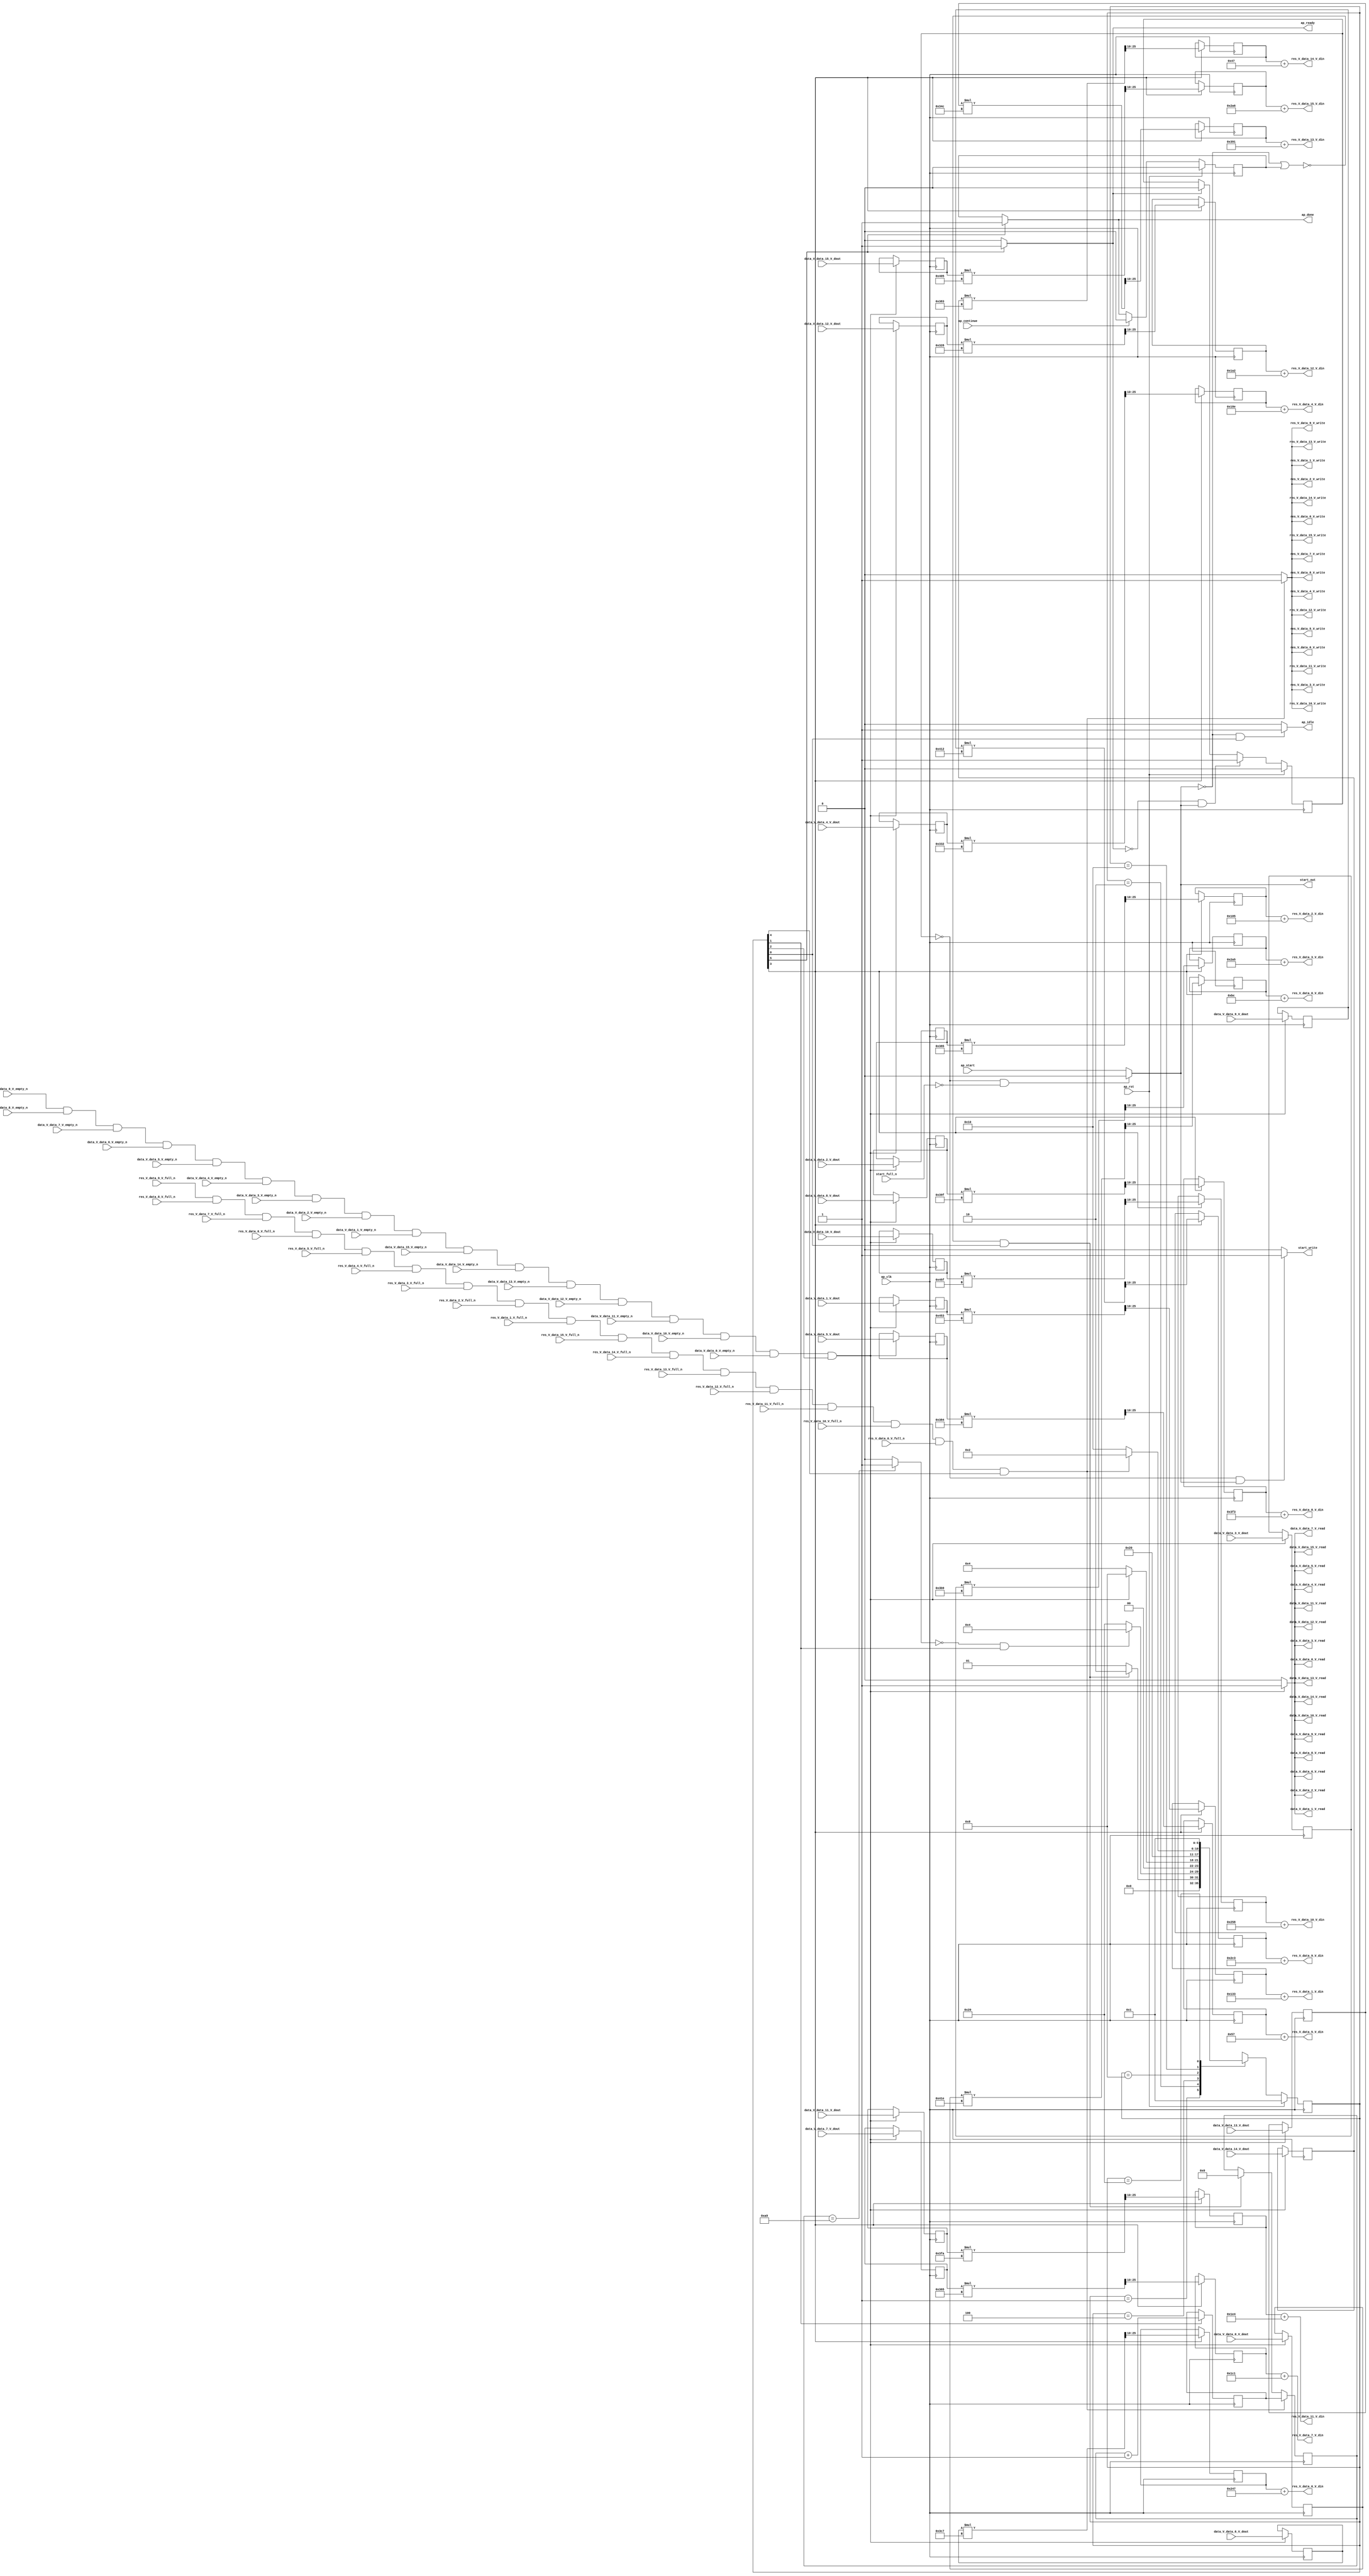
// ==============================================================
// RTL generated by Vivado(TM) HLS - High-Level Synthesis from C, C++ and OpenCL
// Version: 2019.2
// Copyright (C) 1986-2019 Xilinx, Inc. All Rights Reserved.
// 
// ===========================================================

`timescale 1 ns / 1 ps 

module normalize_array_array_ap_fixed_16u_config9_s (
        ap_clk,
        ap_rst,
        ap_start,
        start_full_n,
        ap_done,
        ap_continue,
        ap_idle,
        ap_ready,
        start_out,
        start_write,
        data_V_data_0_V_dout,
        data_V_data_0_V_empty_n,
        data_V_data_0_V_read,
        data_V_data_1_V_dout,
        data_V_data_1_V_empty_n,
        data_V_data_1_V_read,
        data_V_data_2_V_dout,
        data_V_data_2_V_empty_n,
        data_V_data_2_V_read,
        data_V_data_3_V_dout,
        data_V_data_3_V_empty_n,
        data_V_data_3_V_read,
        data_V_data_4_V_dout,
        data_V_data_4_V_empty_n,
        data_V_data_4_V_read,
        data_V_data_5_V_dout,
        data_V_data_5_V_empty_n,
        data_V_data_5_V_read,
        data_V_data_6_V_dout,
        data_V_data_6_V_empty_n,
        data_V_data_6_V_read,
        data_V_data_7_V_dout,
        data_V_data_7_V_empty_n,
        data_V_data_7_V_read,
        data_V_data_8_V_dout,
        data_V_data_8_V_empty_n,
        data_V_data_8_V_read,
        data_V_data_9_V_dout,
        data_V_data_9_V_empty_n,
        data_V_data_9_V_read,
        data_V_data_10_V_dout,
        data_V_data_10_V_empty_n,
        data_V_data_10_V_read,
        data_V_data_11_V_dout,
        data_V_data_11_V_empty_n,
        data_V_data_11_V_read,
        data_V_data_12_V_dout,
        data_V_data_12_V_empty_n,
        data_V_data_12_V_read,
        data_V_data_13_V_dout,
        data_V_data_13_V_empty_n,
        data_V_data_13_V_read,
        data_V_data_14_V_dout,
        data_V_data_14_V_empty_n,
        data_V_data_14_V_read,
        data_V_data_15_V_dout,
        data_V_data_15_V_empty_n,
        data_V_data_15_V_read,
        res_V_data_0_V_din,
        res_V_data_0_V_full_n,
        res_V_data_0_V_write,
        res_V_data_1_V_din,
        res_V_data_1_V_full_n,
        res_V_data_1_V_write,
        res_V_data_2_V_din,
        res_V_data_2_V_full_n,
        res_V_data_2_V_write,
        res_V_data_3_V_din,
        res_V_data_3_V_full_n,
        res_V_data_3_V_write,
        res_V_data_4_V_din,
        res_V_data_4_V_full_n,
        res_V_data_4_V_write,
        res_V_data_5_V_din,
        res_V_data_5_V_full_n,
        res_V_data_5_V_write,
        res_V_data_6_V_din,
        res_V_data_6_V_full_n,
        res_V_data_6_V_write,
        res_V_data_7_V_din,
        res_V_data_7_V_full_n,
        res_V_data_7_V_write,
        res_V_data_8_V_din,
        res_V_data_8_V_full_n,
        res_V_data_8_V_write,
        res_V_data_9_V_din,
        res_V_data_9_V_full_n,
        res_V_data_9_V_write,
        res_V_data_10_V_din,
        res_V_data_10_V_full_n,
        res_V_data_10_V_write,
        res_V_data_11_V_din,
        res_V_data_11_V_full_n,
        res_V_data_11_V_write,
        res_V_data_12_V_din,
        res_V_data_12_V_full_n,
        res_V_data_12_V_write,
        res_V_data_13_V_din,
        res_V_data_13_V_full_n,
        res_V_data_13_V_write,
        res_V_data_14_V_din,
        res_V_data_14_V_full_n,
        res_V_data_14_V_write,
        res_V_data_15_V_din,
        res_V_data_15_V_full_n,
        res_V_data_15_V_write
);

parameter    ap_ST_fsm_state1 = 6'd1;
parameter    ap_ST_fsm_state2 = 6'd2;
parameter    ap_ST_fsm_state3 = 6'd4;
parameter    ap_ST_fsm_state4 = 6'd8;
parameter    ap_ST_fsm_state5 = 6'd16;
parameter    ap_ST_fsm_state6 = 6'd32;

input   ap_clk;
input   ap_rst;
input   ap_start;
input   start_full_n;
output   ap_done;
input   ap_continue;
output   ap_idle;
output   ap_ready;
output   start_out;
output   start_write;
input  [15:0] data_V_data_0_V_dout;
input   data_V_data_0_V_empty_n;
output   data_V_data_0_V_read;
input  [15:0] data_V_data_1_V_dout;
input   data_V_data_1_V_empty_n;
output   data_V_data_1_V_read;
input  [15:0] data_V_data_2_V_dout;
input   data_V_data_2_V_empty_n;
output   data_V_data_2_V_read;
input  [15:0] data_V_data_3_V_dout;
input   data_V_data_3_V_empty_n;
output   data_V_data_3_V_read;
input  [15:0] data_V_data_4_V_dout;
input   data_V_data_4_V_empty_n;
output   data_V_data_4_V_read;
input  [15:0] data_V_data_5_V_dout;
input   data_V_data_5_V_empty_n;
output   data_V_data_5_V_read;
input  [15:0] data_V_data_6_V_dout;
input   data_V_data_6_V_empty_n;
output   data_V_data_6_V_read;
input  [15:0] data_V_data_7_V_dout;
input   data_V_data_7_V_empty_n;
output   data_V_data_7_V_read;
input  [15:0] data_V_data_8_V_dout;
input   data_V_data_8_V_empty_n;
output   data_V_data_8_V_read;
input  [15:0] data_V_data_9_V_dout;
input   data_V_data_9_V_empty_n;
output   data_V_data_9_V_read;
input  [15:0] data_V_data_10_V_dout;
input   data_V_data_10_V_empty_n;
output   data_V_data_10_V_read;
input  [15:0] data_V_data_11_V_dout;
input   data_V_data_11_V_empty_n;
output   data_V_data_11_V_read;
input  [15:0] data_V_data_12_V_dout;
input   data_V_data_12_V_empty_n;
output   data_V_data_12_V_read;
input  [15:0] data_V_data_13_V_dout;
input   data_V_data_13_V_empty_n;
output   data_V_data_13_V_read;
input  [15:0] data_V_data_14_V_dout;
input   data_V_data_14_V_empty_n;
output   data_V_data_14_V_read;
input  [15:0] data_V_data_15_V_dout;
input   data_V_data_15_V_empty_n;
output   data_V_data_15_V_read;
output  [15:0] res_V_data_0_V_din;
input   res_V_data_0_V_full_n;
output   res_V_data_0_V_write;
output  [15:0] res_V_data_1_V_din;
input   res_V_data_1_V_full_n;
output   res_V_data_1_V_write;
output  [15:0] res_V_data_2_V_din;
input   res_V_data_2_V_full_n;
output   res_V_data_2_V_write;
output  [15:0] res_V_data_3_V_din;
input   res_V_data_3_V_full_n;
output   res_V_data_3_V_write;
output  [15:0] res_V_data_4_V_din;
input   res_V_data_4_V_full_n;
output   res_V_data_4_V_write;
output  [15:0] res_V_data_5_V_din;
input   res_V_data_5_V_full_n;
output   res_V_data_5_V_write;
output  [15:0] res_V_data_6_V_din;
input   res_V_data_6_V_full_n;
output   res_V_data_6_V_write;
output  [15:0] res_V_data_7_V_din;
input   res_V_data_7_V_full_n;
output   res_V_data_7_V_write;
output  [15:0] res_V_data_8_V_din;
input   res_V_data_8_V_full_n;
output   res_V_data_8_V_write;
output  [15:0] res_V_data_9_V_din;
input   res_V_data_9_V_full_n;
output   res_V_data_9_V_write;
output  [15:0] res_V_data_10_V_din;
input   res_V_data_10_V_full_n;
output   res_V_data_10_V_write;
output  [15:0] res_V_data_11_V_din;
input   res_V_data_11_V_full_n;
output   res_V_data_11_V_write;
output  [15:0] res_V_data_12_V_din;
input   res_V_data_12_V_full_n;
output   res_V_data_12_V_write;
output  [15:0] res_V_data_13_V_din;
input   res_V_data_13_V_full_n;
output   res_V_data_13_V_write;
output  [15:0] res_V_data_14_V_din;
input   res_V_data_14_V_full_n;
output   res_V_data_14_V_write;
output  [15:0] res_V_data_15_V_din;
input   res_V_data_15_V_full_n;
output   res_V_data_15_V_write;

reg ap_done;
reg ap_idle;
reg start_write;
reg data_V_data_0_V_read;
reg data_V_data_1_V_read;
reg data_V_data_2_V_read;
reg data_V_data_3_V_read;
reg data_V_data_4_V_read;
reg data_V_data_5_V_read;
reg data_V_data_6_V_read;
reg data_V_data_7_V_read;
reg data_V_data_8_V_read;
reg data_V_data_9_V_read;
reg data_V_data_10_V_read;
reg data_V_data_11_V_read;
reg data_V_data_12_V_read;
reg data_V_data_13_V_read;
reg data_V_data_14_V_read;
reg data_V_data_15_V_read;
reg res_V_data_0_V_write;
reg res_V_data_1_V_write;
reg res_V_data_2_V_write;
reg res_V_data_3_V_write;
reg res_V_data_4_V_write;
reg res_V_data_5_V_write;
reg res_V_data_6_V_write;
reg res_V_data_7_V_write;
reg res_V_data_8_V_write;
reg res_V_data_9_V_write;
reg res_V_data_10_V_write;
reg res_V_data_11_V_write;
reg res_V_data_12_V_write;
reg res_V_data_13_V_write;
reg res_V_data_14_V_write;
reg res_V_data_15_V_write;

reg    real_start;
reg    start_once_reg;
reg    ap_done_reg;
(* fsm_encoding = "none" *) reg   [5:0] ap_CS_fsm;
wire    ap_CS_fsm_state1;
reg    internal_ap_ready;
reg    data_V_data_0_V_blk_n;
wire    ap_CS_fsm_state3;
reg    data_V_data_1_V_blk_n;
reg    data_V_data_2_V_blk_n;
reg    data_V_data_3_V_blk_n;
reg    data_V_data_4_V_blk_n;
reg    data_V_data_5_V_blk_n;
reg    data_V_data_6_V_blk_n;
reg    data_V_data_7_V_blk_n;
reg    data_V_data_8_V_blk_n;
reg    data_V_data_9_V_blk_n;
reg    data_V_data_10_V_blk_n;
reg    data_V_data_11_V_blk_n;
reg    data_V_data_12_V_blk_n;
reg    data_V_data_13_V_blk_n;
reg    data_V_data_14_V_blk_n;
reg    data_V_data_15_V_blk_n;
reg    res_V_data_0_V_blk_n;
wire    ap_CS_fsm_state5;
reg    res_V_data_1_V_blk_n;
reg    res_V_data_2_V_blk_n;
reg    res_V_data_3_V_blk_n;
reg    res_V_data_4_V_blk_n;
reg    res_V_data_5_V_blk_n;
reg    res_V_data_6_V_blk_n;
reg    res_V_data_7_V_blk_n;
reg    res_V_data_8_V_blk_n;
reg    res_V_data_9_V_blk_n;
reg    res_V_data_10_V_blk_n;
reg    res_V_data_11_V_blk_n;
reg    res_V_data_12_V_blk_n;
reg    res_V_data_13_V_blk_n;
reg    res_V_data_14_V_blk_n;
reg    res_V_data_15_V_blk_n;
wire   [7:0] i_fu_11765_p2;
reg   [7:0] i_reg_12158;
wire    ap_CS_fsm_state2;
reg   [15:0] tmp_data_V_0_reg_12163;
wire    io_acc_block_signal_op46;
reg   [15:0] tmp_data_V_1_reg_12168;
reg   [15:0] tmp_data_V_2_reg_12173;
reg   [15:0] tmp_data_V_3_reg_12178;
reg   [15:0] tmp_data_V_4_reg_12183;
reg   [15:0] tmp_data_V_5_reg_12188;
reg   [15:0] tmp_data_V_6_reg_12193;
reg   [15:0] tmp_data_V_7_reg_12198;
reg   [15:0] tmp_data_V_8_reg_12203;
reg   [15:0] tmp_data_V_9_reg_12208;
reg   [15:0] tmp_data_V_10_reg_12213;
reg   [15:0] tmp_data_V_11_reg_12218;
reg   [15:0] tmp_data_V_12_reg_12223;
reg   [15:0] tmp_data_V_1322_reg_12228;
reg   [15:0] tmp_data_V_14_reg_12233;
reg   [15:0] tmp_data_V_15_reg_12238;
reg   [15:0] trunc_ln_reg_12243;
wire    ap_CS_fsm_state4;
reg   [15:0] trunc_ln708_s_reg_12248;
reg   [15:0] trunc_ln708_124_reg_12253;
reg   [15:0] trunc_ln708_125_reg_12258;
reg   [15:0] trunc_ln708_126_reg_12263;
reg   [15:0] trunc_ln708_127_reg_12268;
reg   [15:0] trunc_ln708_128_reg_12273;
reg   [15:0] trunc_ln708_129_reg_12278;
reg   [15:0] trunc_ln708_130_reg_12283;
reg   [15:0] trunc_ln708_131_reg_12288;
reg   [15:0] trunc_ln708_132_reg_12293;
reg   [15:0] trunc_ln708_133_reg_12298;
reg   [15:0] trunc_ln708_134_reg_12303;
reg   [15:0] trunc_ln708_135_reg_12308;
reg   [15:0] trunc_ln708_136_reg_12313;
reg   [15:0] trunc_ln708_137_reg_12318;
reg   [7:0] i_0_reg_650;
reg    ap_block_state1;
wire    io_acc_block_signal_op130;
wire  signed [15:0] mul_ln1118_148_fu_664_p0;
wire  signed [15:0] mul_ln1118_142_fu_667_p0;
wire  signed [15:0] mul_ln1118_139_fu_671_p0;
wire  signed [15:0] mul_ln1118_136_fu_683_p0;
wire  signed [15:0] mul_ln1118_147_fu_716_p0;
wire  signed [15:0] mul_ln1118_143_fu_722_p0;
wire  signed [15:0] mul_ln1118_135_fu_725_p0;
wire  signed [15:0] mul_ln1118_fu_728_p0;
wire  signed [15:0] mul_ln1118_145_fu_751_p0;
wire  signed [15:0] mul_ln1118_141_fu_753_p0;
wire  signed [15:0] mul_ln1118_137_fu_768_p0;
wire  signed [15:0] mul_ln1118_140_fu_779_p0;
wire  signed [15:0] mul_ln1118_149_fu_783_p0;
wire  signed [15:0] mul_ln1118_138_fu_801_p0;
wire  signed [15:0] mul_ln1118_144_fu_806_p0;
wire  signed [15:0] mul_ln1118_146_fu_823_p0;
wire   [25:0] mul_ln1118_fu_728_p2;
wire   [25:0] mul_ln1118_135_fu_725_p2;
wire   [25:0] mul_ln1118_136_fu_683_p2;
wire   [25:0] mul_ln1118_137_fu_768_p2;
wire   [25:0] mul_ln1118_138_fu_801_p2;
wire   [25:0] mul_ln1118_139_fu_671_p2;
wire   [25:0] mul_ln1118_140_fu_779_p2;
wire   [25:0] mul_ln1118_141_fu_753_p2;
wire   [25:0] mul_ln1118_142_fu_667_p2;
wire   [25:0] mul_ln1118_143_fu_722_p2;
wire   [25:0] mul_ln1118_144_fu_806_p2;
wire   [25:0] mul_ln1118_145_fu_751_p2;
wire   [25:0] mul_ln1118_146_fu_823_p2;
wire   [25:0] mul_ln1118_147_fu_716_p2;
wire   [25:0] mul_ln1118_148_fu_664_p2;
wire   [25:0] mul_ln1118_149_fu_783_p2;
wire   [0:0] icmp_ln48_fu_11759_p2;
wire    ap_CS_fsm_state6;
reg   [5:0] ap_NS_fsm;

// power-on initialization
initial begin
#0 start_once_reg = 1'b0;
#0 ap_done_reg = 1'b0;
#0 ap_CS_fsm = 6'd1;
end

always @ (posedge ap_clk) begin
    if (ap_rst == 1'b1) begin
        ap_CS_fsm <= ap_ST_fsm_state1;
    end else begin
        ap_CS_fsm <= ap_NS_fsm;
    end
end

always @ (posedge ap_clk) begin
    if (ap_rst == 1'b1) begin
        ap_done_reg <= 1'b0;
    end else begin
        if ((ap_continue == 1'b1)) begin
            ap_done_reg <= 1'b0;
        end else if ((1'b1 == ap_CS_fsm_state6)) begin
            ap_done_reg <= 1'b1;
        end
    end
end

always @ (posedge ap_clk) begin
    if (ap_rst == 1'b1) begin
        start_once_reg <= 1'b0;
    end else begin
        if (((internal_ap_ready == 1'b0) & (real_start == 1'b1))) begin
            start_once_reg <= 1'b1;
        end else if ((internal_ap_ready == 1'b1)) begin
            start_once_reg <= 1'b0;
        end
    end
end

always @ (posedge ap_clk) begin
    if (((io_acc_block_signal_op130 == 1'b1) & (1'b1 == ap_CS_fsm_state5))) begin
        i_0_reg_650 <= i_reg_12158;
    end else if ((~((real_start == 1'b0) | (ap_done_reg == 1'b1)) & (1'b1 == ap_CS_fsm_state1))) begin
        i_0_reg_650 <= 8'd0;
    end
end

always @ (posedge ap_clk) begin
    if ((1'b1 == ap_CS_fsm_state2)) begin
        i_reg_12158 <= i_fu_11765_p2;
    end
end

always @ (posedge ap_clk) begin
    if (((io_acc_block_signal_op46 == 1'b1) & (1'b1 == ap_CS_fsm_state3))) begin
        tmp_data_V_0_reg_12163 <= data_V_data_0_V_dout;
        tmp_data_V_10_reg_12213 <= data_V_data_10_V_dout;
        tmp_data_V_11_reg_12218 <= data_V_data_11_V_dout;
        tmp_data_V_12_reg_12223 <= data_V_data_12_V_dout;
        tmp_data_V_1322_reg_12228 <= data_V_data_13_V_dout;
        tmp_data_V_14_reg_12233 <= data_V_data_14_V_dout;
        tmp_data_V_15_reg_12238 <= data_V_data_15_V_dout;
        tmp_data_V_1_reg_12168 <= data_V_data_1_V_dout;
        tmp_data_V_2_reg_12173 <= data_V_data_2_V_dout;
        tmp_data_V_3_reg_12178 <= data_V_data_3_V_dout;
        tmp_data_V_4_reg_12183 <= data_V_data_4_V_dout;
        tmp_data_V_5_reg_12188 <= data_V_data_5_V_dout;
        tmp_data_V_6_reg_12193 <= data_V_data_6_V_dout;
        tmp_data_V_7_reg_12198 <= data_V_data_7_V_dout;
        tmp_data_V_8_reg_12203 <= data_V_data_8_V_dout;
        tmp_data_V_9_reg_12208 <= data_V_data_9_V_dout;
    end
end

always @ (posedge ap_clk) begin
    if ((1'b1 == ap_CS_fsm_state4)) begin
        trunc_ln708_124_reg_12253 <= {{mul_ln1118_136_fu_683_p2[25:10]}};
        trunc_ln708_125_reg_12258 <= {{mul_ln1118_137_fu_768_p2[25:10]}};
        trunc_ln708_126_reg_12263 <= {{mul_ln1118_138_fu_801_p2[25:10]}};
        trunc_ln708_127_reg_12268 <= {{mul_ln1118_139_fu_671_p2[25:10]}};
        trunc_ln708_128_reg_12273 <= {{mul_ln1118_140_fu_779_p2[25:10]}};
        trunc_ln708_129_reg_12278 <= {{mul_ln1118_141_fu_753_p2[25:10]}};
        trunc_ln708_130_reg_12283 <= {{mul_ln1118_142_fu_667_p2[25:10]}};
        trunc_ln708_131_reg_12288 <= {{mul_ln1118_143_fu_722_p2[25:10]}};
        trunc_ln708_132_reg_12293 <= {{mul_ln1118_144_fu_806_p2[25:10]}};
        trunc_ln708_133_reg_12298 <= {{mul_ln1118_145_fu_751_p2[25:10]}};
        trunc_ln708_134_reg_12303 <= {{mul_ln1118_146_fu_823_p2[25:10]}};
        trunc_ln708_135_reg_12308 <= {{mul_ln1118_147_fu_716_p2[25:10]}};
        trunc_ln708_136_reg_12313 <= {{mul_ln1118_148_fu_664_p2[25:10]}};
        trunc_ln708_137_reg_12318 <= {{mul_ln1118_149_fu_783_p2[25:10]}};
        trunc_ln708_s_reg_12248 <= {{mul_ln1118_135_fu_725_p2[25:10]}};
        trunc_ln_reg_12243 <= {{mul_ln1118_fu_728_p2[25:10]}};
    end
end

always @ (*) begin
    if ((1'b1 == ap_CS_fsm_state6)) begin
        ap_done = 1'b1;
    end else begin
        ap_done = ap_done_reg;
    end
end

always @ (*) begin
    if (((real_start == 1'b0) & (1'b1 == ap_CS_fsm_state1))) begin
        ap_idle = 1'b1;
    end else begin
        ap_idle = 1'b0;
    end
end

always @ (*) begin
    if ((1'b1 == ap_CS_fsm_state3)) begin
        data_V_data_0_V_blk_n = data_V_data_0_V_empty_n;
    end else begin
        data_V_data_0_V_blk_n = 1'b1;
    end
end

always @ (*) begin
    if (((io_acc_block_signal_op46 == 1'b1) & (1'b1 == ap_CS_fsm_state3))) begin
        data_V_data_0_V_read = 1'b1;
    end else begin
        data_V_data_0_V_read = 1'b0;
    end
end

always @ (*) begin
    if ((1'b1 == ap_CS_fsm_state3)) begin
        data_V_data_10_V_blk_n = data_V_data_10_V_empty_n;
    end else begin
        data_V_data_10_V_blk_n = 1'b1;
    end
end

always @ (*) begin
    if (((io_acc_block_signal_op46 == 1'b1) & (1'b1 == ap_CS_fsm_state3))) begin
        data_V_data_10_V_read = 1'b1;
    end else begin
        data_V_data_10_V_read = 1'b0;
    end
end

always @ (*) begin
    if ((1'b1 == ap_CS_fsm_state3)) begin
        data_V_data_11_V_blk_n = data_V_data_11_V_empty_n;
    end else begin
        data_V_data_11_V_blk_n = 1'b1;
    end
end

always @ (*) begin
    if (((io_acc_block_signal_op46 == 1'b1) & (1'b1 == ap_CS_fsm_state3))) begin
        data_V_data_11_V_read = 1'b1;
    end else begin
        data_V_data_11_V_read = 1'b0;
    end
end

always @ (*) begin
    if ((1'b1 == ap_CS_fsm_state3)) begin
        data_V_data_12_V_blk_n = data_V_data_12_V_empty_n;
    end else begin
        data_V_data_12_V_blk_n = 1'b1;
    end
end

always @ (*) begin
    if (((io_acc_block_signal_op46 == 1'b1) & (1'b1 == ap_CS_fsm_state3))) begin
        data_V_data_12_V_read = 1'b1;
    end else begin
        data_V_data_12_V_read = 1'b0;
    end
end

always @ (*) begin
    if ((1'b1 == ap_CS_fsm_state3)) begin
        data_V_data_13_V_blk_n = data_V_data_13_V_empty_n;
    end else begin
        data_V_data_13_V_blk_n = 1'b1;
    end
end

always @ (*) begin
    if (((io_acc_block_signal_op46 == 1'b1) & (1'b1 == ap_CS_fsm_state3))) begin
        data_V_data_13_V_read = 1'b1;
    end else begin
        data_V_data_13_V_read = 1'b0;
    end
end

always @ (*) begin
    if ((1'b1 == ap_CS_fsm_state3)) begin
        data_V_data_14_V_blk_n = data_V_data_14_V_empty_n;
    end else begin
        data_V_data_14_V_blk_n = 1'b1;
    end
end

always @ (*) begin
    if (((io_acc_block_signal_op46 == 1'b1) & (1'b1 == ap_CS_fsm_state3))) begin
        data_V_data_14_V_read = 1'b1;
    end else begin
        data_V_data_14_V_read = 1'b0;
    end
end

always @ (*) begin
    if ((1'b1 == ap_CS_fsm_state3)) begin
        data_V_data_15_V_blk_n = data_V_data_15_V_empty_n;
    end else begin
        data_V_data_15_V_blk_n = 1'b1;
    end
end

always @ (*) begin
    if (((io_acc_block_signal_op46 == 1'b1) & (1'b1 == ap_CS_fsm_state3))) begin
        data_V_data_15_V_read = 1'b1;
    end else begin
        data_V_data_15_V_read = 1'b0;
    end
end

always @ (*) begin
    if ((1'b1 == ap_CS_fsm_state3)) begin
        data_V_data_1_V_blk_n = data_V_data_1_V_empty_n;
    end else begin
        data_V_data_1_V_blk_n = 1'b1;
    end
end

always @ (*) begin
    if (((io_acc_block_signal_op46 == 1'b1) & (1'b1 == ap_CS_fsm_state3))) begin
        data_V_data_1_V_read = 1'b1;
    end else begin
        data_V_data_1_V_read = 1'b0;
    end
end

always @ (*) begin
    if ((1'b1 == ap_CS_fsm_state3)) begin
        data_V_data_2_V_blk_n = data_V_data_2_V_empty_n;
    end else begin
        data_V_data_2_V_blk_n = 1'b1;
    end
end

always @ (*) begin
    if (((io_acc_block_signal_op46 == 1'b1) & (1'b1 == ap_CS_fsm_state3))) begin
        data_V_data_2_V_read = 1'b1;
    end else begin
        data_V_data_2_V_read = 1'b0;
    end
end

always @ (*) begin
    if ((1'b1 == ap_CS_fsm_state3)) begin
        data_V_data_3_V_blk_n = data_V_data_3_V_empty_n;
    end else begin
        data_V_data_3_V_blk_n = 1'b1;
    end
end

always @ (*) begin
    if (((io_acc_block_signal_op46 == 1'b1) & (1'b1 == ap_CS_fsm_state3))) begin
        data_V_data_3_V_read = 1'b1;
    end else begin
        data_V_data_3_V_read = 1'b0;
    end
end

always @ (*) begin
    if ((1'b1 == ap_CS_fsm_state3)) begin
        data_V_data_4_V_blk_n = data_V_data_4_V_empty_n;
    end else begin
        data_V_data_4_V_blk_n = 1'b1;
    end
end

always @ (*) begin
    if (((io_acc_block_signal_op46 == 1'b1) & (1'b1 == ap_CS_fsm_state3))) begin
        data_V_data_4_V_read = 1'b1;
    end else begin
        data_V_data_4_V_read = 1'b0;
    end
end

always @ (*) begin
    if ((1'b1 == ap_CS_fsm_state3)) begin
        data_V_data_5_V_blk_n = data_V_data_5_V_empty_n;
    end else begin
        data_V_data_5_V_blk_n = 1'b1;
    end
end

always @ (*) begin
    if (((io_acc_block_signal_op46 == 1'b1) & (1'b1 == ap_CS_fsm_state3))) begin
        data_V_data_5_V_read = 1'b1;
    end else begin
        data_V_data_5_V_read = 1'b0;
    end
end

always @ (*) begin
    if ((1'b1 == ap_CS_fsm_state3)) begin
        data_V_data_6_V_blk_n = data_V_data_6_V_empty_n;
    end else begin
        data_V_data_6_V_blk_n = 1'b1;
    end
end

always @ (*) begin
    if (((io_acc_block_signal_op46 == 1'b1) & (1'b1 == ap_CS_fsm_state3))) begin
        data_V_data_6_V_read = 1'b1;
    end else begin
        data_V_data_6_V_read = 1'b0;
    end
end

always @ (*) begin
    if ((1'b1 == ap_CS_fsm_state3)) begin
        data_V_data_7_V_blk_n = data_V_data_7_V_empty_n;
    end else begin
        data_V_data_7_V_blk_n = 1'b1;
    end
end

always @ (*) begin
    if (((io_acc_block_signal_op46 == 1'b1) & (1'b1 == ap_CS_fsm_state3))) begin
        data_V_data_7_V_read = 1'b1;
    end else begin
        data_V_data_7_V_read = 1'b0;
    end
end

always @ (*) begin
    if ((1'b1 == ap_CS_fsm_state3)) begin
        data_V_data_8_V_blk_n = data_V_data_8_V_empty_n;
    end else begin
        data_V_data_8_V_blk_n = 1'b1;
    end
end

always @ (*) begin
    if (((io_acc_block_signal_op46 == 1'b1) & (1'b1 == ap_CS_fsm_state3))) begin
        data_V_data_8_V_read = 1'b1;
    end else begin
        data_V_data_8_V_read = 1'b0;
    end
end

always @ (*) begin
    if ((1'b1 == ap_CS_fsm_state3)) begin
        data_V_data_9_V_blk_n = data_V_data_9_V_empty_n;
    end else begin
        data_V_data_9_V_blk_n = 1'b1;
    end
end

always @ (*) begin
    if (((io_acc_block_signal_op46 == 1'b1) & (1'b1 == ap_CS_fsm_state3))) begin
        data_V_data_9_V_read = 1'b1;
    end else begin
        data_V_data_9_V_read = 1'b0;
    end
end

always @ (*) begin
    if ((1'b1 == ap_CS_fsm_state6)) begin
        internal_ap_ready = 1'b1;
    end else begin
        internal_ap_ready = 1'b0;
    end
end

always @ (*) begin
    if (((start_once_reg == 1'b0) & (start_full_n == 1'b0))) begin
        real_start = 1'b0;
    end else begin
        real_start = ap_start;
    end
end

always @ (*) begin
    if ((1'b1 == ap_CS_fsm_state5)) begin
        res_V_data_0_V_blk_n = res_V_data_0_V_full_n;
    end else begin
        res_V_data_0_V_blk_n = 1'b1;
    end
end

always @ (*) begin
    if (((io_acc_block_signal_op130 == 1'b1) & (1'b1 == ap_CS_fsm_state5))) begin
        res_V_data_0_V_write = 1'b1;
    end else begin
        res_V_data_0_V_write = 1'b0;
    end
end

always @ (*) begin
    if ((1'b1 == ap_CS_fsm_state5)) begin
        res_V_data_10_V_blk_n = res_V_data_10_V_full_n;
    end else begin
        res_V_data_10_V_blk_n = 1'b1;
    end
end

always @ (*) begin
    if (((io_acc_block_signal_op130 == 1'b1) & (1'b1 == ap_CS_fsm_state5))) begin
        res_V_data_10_V_write = 1'b1;
    end else begin
        res_V_data_10_V_write = 1'b0;
    end
end

always @ (*) begin
    if ((1'b1 == ap_CS_fsm_state5)) begin
        res_V_data_11_V_blk_n = res_V_data_11_V_full_n;
    end else begin
        res_V_data_11_V_blk_n = 1'b1;
    end
end

always @ (*) begin
    if (((io_acc_block_signal_op130 == 1'b1) & (1'b1 == ap_CS_fsm_state5))) begin
        res_V_data_11_V_write = 1'b1;
    end else begin
        res_V_data_11_V_write = 1'b0;
    end
end

always @ (*) begin
    if ((1'b1 == ap_CS_fsm_state5)) begin
        res_V_data_12_V_blk_n = res_V_data_12_V_full_n;
    end else begin
        res_V_data_12_V_blk_n = 1'b1;
    end
end

always @ (*) begin
    if (((io_acc_block_signal_op130 == 1'b1) & (1'b1 == ap_CS_fsm_state5))) begin
        res_V_data_12_V_write = 1'b1;
    end else begin
        res_V_data_12_V_write = 1'b0;
    end
end

always @ (*) begin
    if ((1'b1 == ap_CS_fsm_state5)) begin
        res_V_data_13_V_blk_n = res_V_data_13_V_full_n;
    end else begin
        res_V_data_13_V_blk_n = 1'b1;
    end
end

always @ (*) begin
    if (((io_acc_block_signal_op130 == 1'b1) & (1'b1 == ap_CS_fsm_state5))) begin
        res_V_data_13_V_write = 1'b1;
    end else begin
        res_V_data_13_V_write = 1'b0;
    end
end

always @ (*) begin
    if ((1'b1 == ap_CS_fsm_state5)) begin
        res_V_data_14_V_blk_n = res_V_data_14_V_full_n;
    end else begin
        res_V_data_14_V_blk_n = 1'b1;
    end
end

always @ (*) begin
    if (((io_acc_block_signal_op130 == 1'b1) & (1'b1 == ap_CS_fsm_state5))) begin
        res_V_data_14_V_write = 1'b1;
    end else begin
        res_V_data_14_V_write = 1'b0;
    end
end

always @ (*) begin
    if ((1'b1 == ap_CS_fsm_state5)) begin
        res_V_data_15_V_blk_n = res_V_data_15_V_full_n;
    end else begin
        res_V_data_15_V_blk_n = 1'b1;
    end
end

always @ (*) begin
    if (((io_acc_block_signal_op130 == 1'b1) & (1'b1 == ap_CS_fsm_state5))) begin
        res_V_data_15_V_write = 1'b1;
    end else begin
        res_V_data_15_V_write = 1'b0;
    end
end

always @ (*) begin
    if ((1'b1 == ap_CS_fsm_state5)) begin
        res_V_data_1_V_blk_n = res_V_data_1_V_full_n;
    end else begin
        res_V_data_1_V_blk_n = 1'b1;
    end
end

always @ (*) begin
    if (((io_acc_block_signal_op130 == 1'b1) & (1'b1 == ap_CS_fsm_state5))) begin
        res_V_data_1_V_write = 1'b1;
    end else begin
        res_V_data_1_V_write = 1'b0;
    end
end

always @ (*) begin
    if ((1'b1 == ap_CS_fsm_state5)) begin
        res_V_data_2_V_blk_n = res_V_data_2_V_full_n;
    end else begin
        res_V_data_2_V_blk_n = 1'b1;
    end
end

always @ (*) begin
    if (((io_acc_block_signal_op130 == 1'b1) & (1'b1 == ap_CS_fsm_state5))) begin
        res_V_data_2_V_write = 1'b1;
    end else begin
        res_V_data_2_V_write = 1'b0;
    end
end

always @ (*) begin
    if ((1'b1 == ap_CS_fsm_state5)) begin
        res_V_data_3_V_blk_n = res_V_data_3_V_full_n;
    end else begin
        res_V_data_3_V_blk_n = 1'b1;
    end
end

always @ (*) begin
    if (((io_acc_block_signal_op130 == 1'b1) & (1'b1 == ap_CS_fsm_state5))) begin
        res_V_data_3_V_write = 1'b1;
    end else begin
        res_V_data_3_V_write = 1'b0;
    end
end

always @ (*) begin
    if ((1'b1 == ap_CS_fsm_state5)) begin
        res_V_data_4_V_blk_n = res_V_data_4_V_full_n;
    end else begin
        res_V_data_4_V_blk_n = 1'b1;
    end
end

always @ (*) begin
    if (((io_acc_block_signal_op130 == 1'b1) & (1'b1 == ap_CS_fsm_state5))) begin
        res_V_data_4_V_write = 1'b1;
    end else begin
        res_V_data_4_V_write = 1'b0;
    end
end

always @ (*) begin
    if ((1'b1 == ap_CS_fsm_state5)) begin
        res_V_data_5_V_blk_n = res_V_data_5_V_full_n;
    end else begin
        res_V_data_5_V_blk_n = 1'b1;
    end
end

always @ (*) begin
    if (((io_acc_block_signal_op130 == 1'b1) & (1'b1 == ap_CS_fsm_state5))) begin
        res_V_data_5_V_write = 1'b1;
    end else begin
        res_V_data_5_V_write = 1'b0;
    end
end

always @ (*) begin
    if ((1'b1 == ap_CS_fsm_state5)) begin
        res_V_data_6_V_blk_n = res_V_data_6_V_full_n;
    end else begin
        res_V_data_6_V_blk_n = 1'b1;
    end
end

always @ (*) begin
    if (((io_acc_block_signal_op130 == 1'b1) & (1'b1 == ap_CS_fsm_state5))) begin
        res_V_data_6_V_write = 1'b1;
    end else begin
        res_V_data_6_V_write = 1'b0;
    end
end

always @ (*) begin
    if ((1'b1 == ap_CS_fsm_state5)) begin
        res_V_data_7_V_blk_n = res_V_data_7_V_full_n;
    end else begin
        res_V_data_7_V_blk_n = 1'b1;
    end
end

always @ (*) begin
    if (((io_acc_block_signal_op130 == 1'b1) & (1'b1 == ap_CS_fsm_state5))) begin
        res_V_data_7_V_write = 1'b1;
    end else begin
        res_V_data_7_V_write = 1'b0;
    end
end

always @ (*) begin
    if ((1'b1 == ap_CS_fsm_state5)) begin
        res_V_data_8_V_blk_n = res_V_data_8_V_full_n;
    end else begin
        res_V_data_8_V_blk_n = 1'b1;
    end
end

always @ (*) begin
    if (((io_acc_block_signal_op130 == 1'b1) & (1'b1 == ap_CS_fsm_state5))) begin
        res_V_data_8_V_write = 1'b1;
    end else begin
        res_V_data_8_V_write = 1'b0;
    end
end

always @ (*) begin
    if ((1'b1 == ap_CS_fsm_state5)) begin
        res_V_data_9_V_blk_n = res_V_data_9_V_full_n;
    end else begin
        res_V_data_9_V_blk_n = 1'b1;
    end
end

always @ (*) begin
    if (((io_acc_block_signal_op130 == 1'b1) & (1'b1 == ap_CS_fsm_state5))) begin
        res_V_data_9_V_write = 1'b1;
    end else begin
        res_V_data_9_V_write = 1'b0;
    end
end

always @ (*) begin
    if (((start_once_reg == 1'b0) & (real_start == 1'b1))) begin
        start_write = 1'b1;
    end else begin
        start_write = 1'b0;
    end
end

always @ (*) begin
    case (ap_CS_fsm)
        ap_ST_fsm_state1 : begin
            if ((~((real_start == 1'b0) | (ap_done_reg == 1'b1)) & (1'b1 == ap_CS_fsm_state1))) begin
                ap_NS_fsm = ap_ST_fsm_state2;
            end else begin
                ap_NS_fsm = ap_ST_fsm_state1;
            end
        end
        ap_ST_fsm_state2 : begin
            if (((icmp_ln48_fu_11759_p2 == 1'd0) & (1'b1 == ap_CS_fsm_state2))) begin
                ap_NS_fsm = ap_ST_fsm_state3;
            end else begin
                ap_NS_fsm = ap_ST_fsm_state6;
            end
        end
        ap_ST_fsm_state3 : begin
            if (((io_acc_block_signal_op46 == 1'b1) & (1'b1 == ap_CS_fsm_state3))) begin
                ap_NS_fsm = ap_ST_fsm_state4;
            end else begin
                ap_NS_fsm = ap_ST_fsm_state3;
            end
        end
        ap_ST_fsm_state4 : begin
            ap_NS_fsm = ap_ST_fsm_state5;
        end
        ap_ST_fsm_state5 : begin
            if (((io_acc_block_signal_op130 == 1'b1) & (1'b1 == ap_CS_fsm_state5))) begin
                ap_NS_fsm = ap_ST_fsm_state2;
            end else begin
                ap_NS_fsm = ap_ST_fsm_state5;
            end
        end
        ap_ST_fsm_state6 : begin
            ap_NS_fsm = ap_ST_fsm_state1;
        end
        default : begin
            ap_NS_fsm = 'bx;
        end
    endcase
end

assign ap_CS_fsm_state1 = ap_CS_fsm[32'd0];

assign ap_CS_fsm_state2 = ap_CS_fsm[32'd1];

assign ap_CS_fsm_state3 = ap_CS_fsm[32'd2];

assign ap_CS_fsm_state4 = ap_CS_fsm[32'd3];

assign ap_CS_fsm_state5 = ap_CS_fsm[32'd4];

assign ap_CS_fsm_state6 = ap_CS_fsm[32'd5];

always @ (*) begin
    ap_block_state1 = ((real_start == 1'b0) | (ap_done_reg == 1'b1));
end

assign ap_ready = internal_ap_ready;

assign i_fu_11765_p2 = (i_0_reg_650 + 8'd1);

assign icmp_ln48_fu_11759_p2 = ((i_0_reg_650 == 8'd169) ? 1'b1 : 1'b0);

assign io_acc_block_signal_op130 = (res_V_data_9_V_full_n & res_V_data_8_V_full_n & res_V_data_7_V_full_n & res_V_data_6_V_full_n & res_V_data_5_V_full_n & res_V_data_4_V_full_n & res_V_data_3_V_full_n & res_V_data_2_V_full_n & res_V_data_1_V_full_n & res_V_data_15_V_full_n & res_V_data_14_V_full_n & res_V_data_13_V_full_n & res_V_data_12_V_full_n & res_V_data_11_V_full_n & res_V_data_10_V_full_n & res_V_data_0_V_full_n);

assign io_acc_block_signal_op46 = (data_V_data_9_V_empty_n & data_V_data_8_V_empty_n & data_V_data_7_V_empty_n & data_V_data_6_V_empty_n & data_V_data_5_V_empty_n & data_V_data_4_V_empty_n & data_V_data_3_V_empty_n & data_V_data_2_V_empty_n & data_V_data_1_V_empty_n & data_V_data_15_V_empty_n & data_V_data_14_V_empty_n & data_V_data_13_V_empty_n & data_V_data_12_V_empty_n & data_V_data_11_V_empty_n & data_V_data_10_V_empty_n & data_V_data_0_V_empty_n);

assign mul_ln1118_135_fu_725_p0 = tmp_data_V_1_reg_12168;

assign mul_ln1118_135_fu_725_p2 = ($signed(mul_ln1118_135_fu_725_p0) * $signed('h453));

assign mul_ln1118_136_fu_683_p0 = tmp_data_V_2_reg_12173;

assign mul_ln1118_136_fu_683_p2 = ($signed(mul_ln1118_136_fu_683_p0) * $signed('h385));

assign mul_ln1118_137_fu_768_p0 = tmp_data_V_3_reg_12178;

assign mul_ln1118_137_fu_768_p2 = ($signed(mul_ln1118_137_fu_768_p0) * $signed('h3B9));

assign mul_ln1118_138_fu_801_p0 = tmp_data_V_4_reg_12183;

assign mul_ln1118_138_fu_801_p2 = ($signed(mul_ln1118_138_fu_801_p0) * $signed('h332));

assign mul_ln1118_139_fu_671_p0 = tmp_data_V_5_reg_12188;

assign mul_ln1118_139_fu_671_p2 = ($signed(mul_ln1118_139_fu_671_p0) * $signed('h384));

assign mul_ln1118_140_fu_779_p0 = tmp_data_V_6_reg_12193;

assign mul_ln1118_140_fu_779_p2 = ($signed(mul_ln1118_140_fu_779_p0) * $signed('h3C7));

assign mul_ln1118_141_fu_753_p0 = tmp_data_V_7_reg_12198;

assign mul_ln1118_141_fu_753_p2 = ($signed(mul_ln1118_141_fu_753_p0) * $signed('h365));

assign mul_ln1118_142_fu_667_p0 = tmp_data_V_8_reg_12203;

assign mul_ln1118_142_fu_667_p2 = ($signed(mul_ln1118_142_fu_667_p0) * $signed('h39F));

assign mul_ln1118_143_fu_722_p0 = tmp_data_V_9_reg_12208;

assign mul_ln1118_143_fu_722_p2 = ($signed(mul_ln1118_143_fu_722_p0) * $signed('h412));

assign mul_ln1118_144_fu_806_p0 = tmp_data_V_10_reg_12213;

assign mul_ln1118_144_fu_806_p2 = ($signed(mul_ln1118_144_fu_806_p0) * $signed('h45F));

assign mul_ln1118_145_fu_751_p0 = tmp_data_V_11_reg_12218;

assign mul_ln1118_145_fu_751_p2 = ($signed(mul_ln1118_145_fu_751_p0) * $signed('h3FA));

assign mul_ln1118_146_fu_823_p0 = tmp_data_V_12_reg_12223;

assign mul_ln1118_146_fu_823_p2 = ($signed(mul_ln1118_146_fu_823_p0) * $signed('h328));

assign mul_ln1118_147_fu_716_p0 = tmp_data_V_1322_reg_12228;

assign mul_ln1118_147_fu_716_p2 = ($signed(mul_ln1118_147_fu_716_p0) * $signed('h34C));

assign mul_ln1118_148_fu_664_p0 = tmp_data_V_14_reg_12233;

assign mul_ln1118_148_fu_664_p2 = ($signed(mul_ln1118_148_fu_664_p0) * $signed('h383));

assign mul_ln1118_149_fu_783_p0 = tmp_data_V_15_reg_12238;

assign mul_ln1118_149_fu_783_p2 = ($signed(mul_ln1118_149_fu_783_p0) * $signed('h405));

assign mul_ln1118_fu_728_p0 = tmp_data_V_0_reg_12163;

assign mul_ln1118_fu_728_p2 = ($signed(mul_ln1118_fu_728_p0) * $signed('h41E));

assign res_V_data_0_V_din = (trunc_ln_reg_12243 + 16'd188);

assign res_V_data_10_V_din = (trunc_ln708_132_reg_12293 + 16'd600);

assign res_V_data_11_V_din = (trunc_ln708_133_reg_12298 + 16'd484);

assign res_V_data_12_V_din = (trunc_ln708_134_reg_12303 + 16'd418);

assign res_V_data_13_V_din = (trunc_ln708_135_reg_12308 + 16'd913);

assign res_V_data_14_V_din = (trunc_ln708_136_reg_12313 + 16'd71);

assign res_V_data_15_V_din = (trunc_ln708_137_reg_12318 + 16'd678);

assign res_V_data_1_V_din = ($signed(trunc_ln708_s_reg_12248) + $signed(16'd65331));

assign res_V_data_2_V_din = (trunc_ln708_124_reg_12253 + 16'd261);

assign res_V_data_3_V_din = (trunc_ln708_125_reg_12258 + 16'd677);

assign res_V_data_4_V_din = (trunc_ln708_126_reg_12263 + 16'd398);

assign res_V_data_5_V_din = (trunc_ln708_127_reg_12268 + 16'd87);

assign res_V_data_6_V_din = (trunc_ln708_128_reg_12273 + 16'd583);

assign res_V_data_7_V_din = (trunc_ln708_129_reg_12278 + 16'd449);

assign res_V_data_8_V_din = (trunc_ln708_130_reg_12283 + 16'd1011);

assign res_V_data_9_V_din = (trunc_ln708_131_reg_12288 + 16'd707);

assign start_out = real_start;

endmodule //normalize_array_array_ap_fixed_16u_config9_s